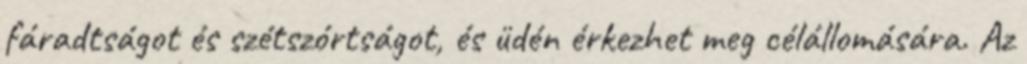
fáradtságot és szétszórtságot, és üdén érkezhet meg célállomására. Az